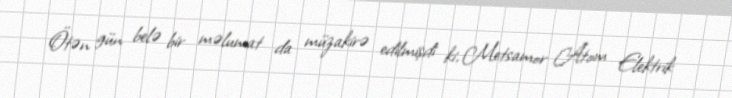
Ötən gün belə bir məlumat da müzakirə edilmişdi ki, Metsamor Atom Elektrik